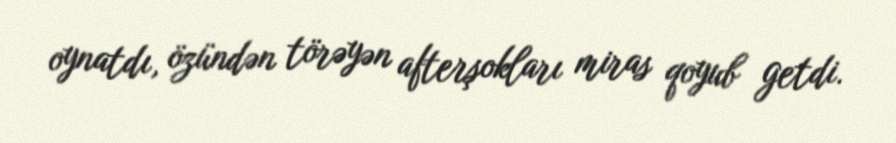
oynatdı, özündən törəyən afterşokları miras qoyub getdi.